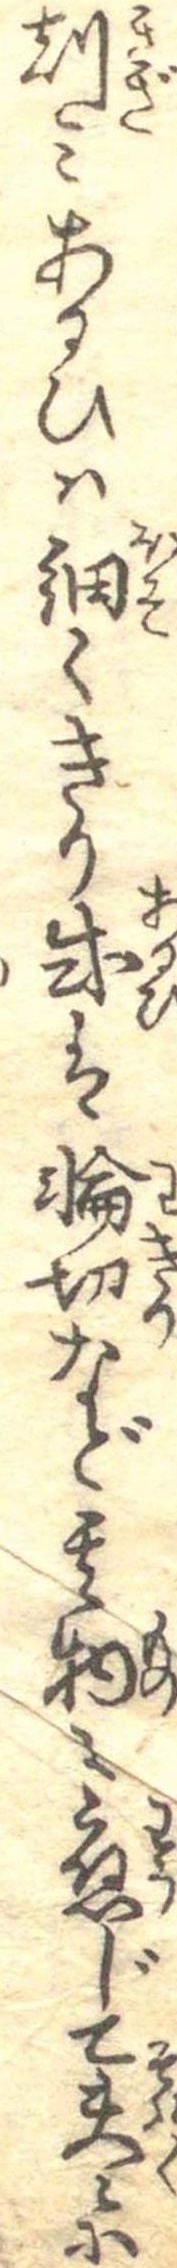
刻みあるひは細くきり或は輪切など其物に応じて夫々に